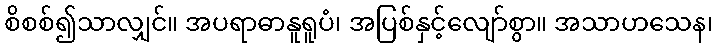
စိစစ်၍သာလျှင်။ အပရာဓာနူရူပံ၊ အပြစ်နှင့်လျော်စွာ။ အသာဟသေန၊